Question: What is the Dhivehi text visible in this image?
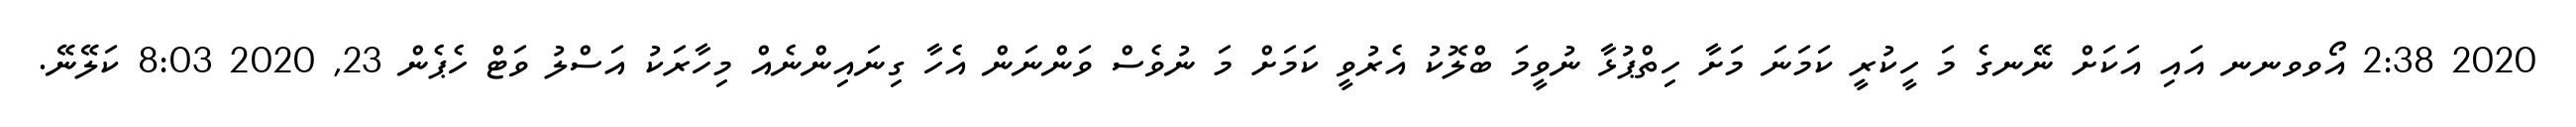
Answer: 2020 2:38 އޯވވނނ އައި އަކަށް ނޭނގެ މަ ހީކުރީ ކަމަނަ މަށާ ހިތްޕުޅާ ނުވީމަ ބްލޮކު އެރުވީ ކަމަށް މަ ނުވެސް ވަންނަން އެހާ ގިނައިންނެއް މިހާރަކު އަސްލު ވަޓް ހެޕެން 23, 2020 8:03 ކަލޭނޭ.